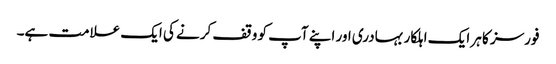
فورسز کا ہر ایک اہلکار بہادری اور اپنے آپ کو وقف کرنے کی ایک علامت ہے۔